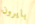
بايرون